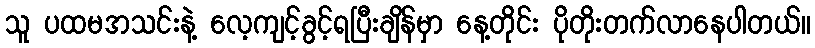
သူ ပထမအသင်းနဲ့ လေ့ကျင့်ခွင့်ရပြီးချိန်မှာ နေ့တိုင်း ပိုတိုးတက်လာနေပါတယ်။